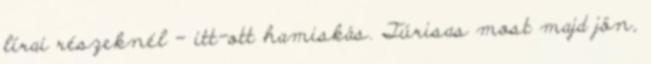
lírai részeknél – itt-ott hamiskás. Túrisas most majd jön,